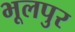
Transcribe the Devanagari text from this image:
भूलपुर